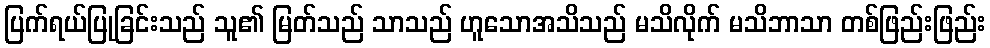
ပြက်ရယ်ပြုခြင်းသည် သူ၏ မြတ်သည် သာသည် ဟူသောအသိသည် မသိလိုက် မသိဘာသာ တစ်ဖြည်းဖြည်း